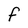
Character: F